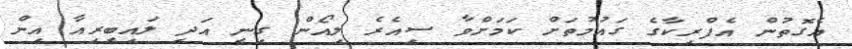
އެގޮތުން އެފްރިކާގެ ގައުމުތަށް ކަމަށްވާ ސިއެރެ ލިއޯން ގިނީ އަދި ލައިބީރިއާ އިން